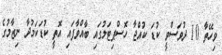
ވިހޭތާ 10 ދުވަސްވީ ކުޑަ ކުއްޖާ ހޮސްޕިޓަލުގައި ބާއްވާފައި އޮތީ ކުޑަކަމުދާ ނިޒާމުގެ